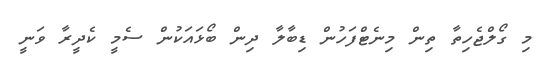
މި ގޯލްޖެހިތާ ތިން މިނެޓްފަހުން ޑިބާލާ ދިން ބޯޅައަކުން ސެމީ ކެދީރާ ވަނީ